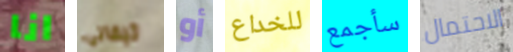
انا تيفاني أو للخداع سأجمع الاحتمال